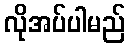
လိုအပ်ပါမည်